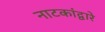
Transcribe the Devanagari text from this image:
नाटकांद्वारे